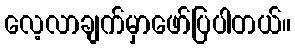
လေ့လာချက်မှာဖော်ပြပါတယ်။